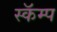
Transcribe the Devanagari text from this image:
स्कॅम्प